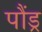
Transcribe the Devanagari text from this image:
पौंड्र